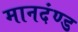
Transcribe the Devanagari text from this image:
मानदंण्ड